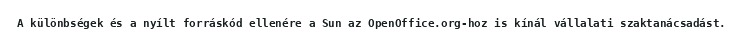
A különbségek és a nyílt forráskód ellenére a Sun az OpenOffice.org-hoz is kínál vállalati szaktanácsadást.